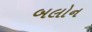
બલોન